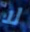
لا